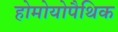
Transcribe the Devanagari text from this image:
होमोयोपैथिक